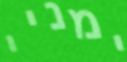
ימניי